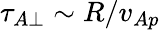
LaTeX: \tau_{A\perp}\sim R/v_{Ap}